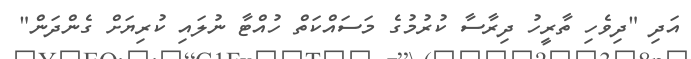
އަދި "ދިވެހި ތާރީހު ދިރާސާ ކުރުމުގެ މަސައްކަތް ހުއްޓާ ނުލައި ކުރިޔަށް ގެންދަން"